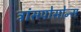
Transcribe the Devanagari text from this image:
ट्रांसपोसोन्स